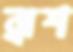
ব্রাশ